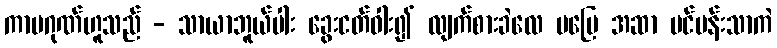
ကာမဂုဏ်ဟူသည် - သာယာဘူယ်ပါး ခွေးငတ်ဝါး၍ လျက်စားခဲလေ မပြေ အဆာ ပင်ပန်းသာကဲ